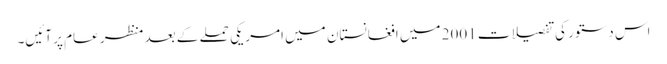
اس دستور کی تفصیلات 2001 میں افغانستان میں امریکی حملے کے بعد منظر عام پر آئیں۔